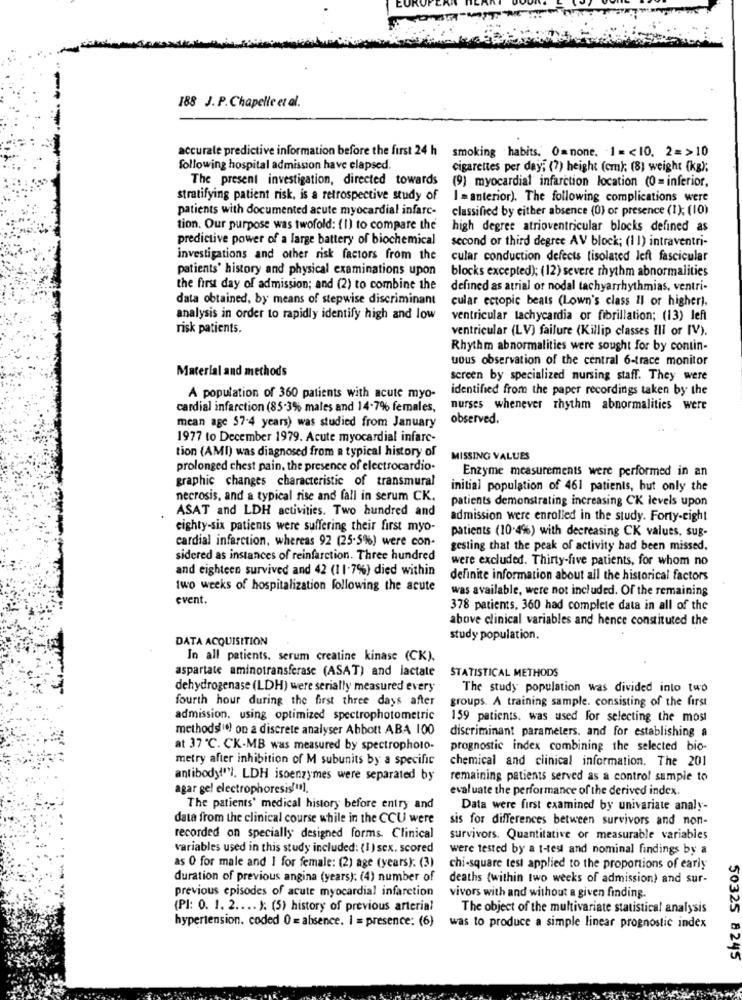
188 J. P.Chapelle et al.
accurate predictive information before the first 24 h
smoking . habits. Om none, - 1 =< 10. 2=>10
following hospital admission have elapsed.
cigarettes per day; (?) height (cm); (8) weight (kg);
The present investigation, directed towards
(9) myocardial infarction location (0 = inferior,
stratifying patient risk, is a retrospective study of
I = anterior). The following complications were
patients with documented acute myocardial infarc-
classified by either absence (0) or presence (1); (10)
tion. Our purpose was twofold: (1) to compare the
high degree atrioventricular blocks defined as
predictive power of a large battery of biochemical
second or third degree AV block; (11) intraventri-
investigations and other risk factors from the
cular conduction defects tisolated left fascicular
patients' history and physical examinations upon
blocks excepted); (12) severe rhythm abnormalities
the first day of admission; and (2) to combine the
defined as atrial or nodal tachyarrhythmias, ventri-
data obtained, by means of stepwise discriminant
cular ectopic beats (Lown's class Il or higher).
analysis in order to rapidly identify high and low
ventricular tachycardia or fibrillation; (13) left
risk patients.
ventricular (LV) failure (Killip classes Ill or IV).
Rhythm abnormalities were sought for by contin-
uous observation of the central 6-trace monitor
Material and methods
screen by specialized nursing staff. They were
identified from the paper recordings taken by the
A population of 360 patients with acute myo-
cardial infarction (85-3% males and 14-7% females,
nurses whenever rhythm abnormalities were
mean age 57-4 years) was studied from January
observed.
1977 to December 1979. Acute myocardial infarc-
tion (AMI) was diagnosed from a typical history of
MISSING VALUES
prolonged chest pain, the presence of electrocardio-
Enzyme measurements were performed in an
graphic changes characteristic of transmural
initial population of 461 patients, but only the
necrosis, and a typical rise and fall in serum CK.
patients demonstrating increasing CK levels upon
ASAT and LDH activities. Two hundred and
admission were enrolled in the study. Forty-eight
eighty-six patients were suffering their first myo-
patients (10.4%) with decreasing CK values, sug-
cardial infarction, whereas 92 (25.5%) were con-
gesting that the peak of activity had been missed,
sidered as instances of reinfarction. Three hundred
were excluded. Thirty-five patients, for whom no
and eighteen survived and 42 (11.7%) died within
definite information about all the historical factors
two weeks of hospitalization following the acute
was available, were not included. Of the remaining
event.
378 patients, 360 had complete data in all of the
above clinical variables and hence constituted the
DATA ACQUISITION
study population.
In all patients. serum creatine kinase (CK).
aspartate aminotransferase (ASAT) and lactate
STATISTICAL METHODS
dehydrogenase (LDH) were serially measured every
The study population was divided into two
fourth hour during the first three days after
groups. A training sample. consisting of the first
admission. using optimized spectrophotometric
159 patients. was used for selecting the most
methodsie) on a discrete analyser Abbott ABA 100
discriminant parameters, and for establishing a
at 37 ℃. CK-MB was measured by spectrophoto-
prognostic index combining the selected bio-
metry after inhibition of M subunits by a specific
chemical and clinical information. The 201
antibody!"), LDH isoenzymes were separated by
remaining patients served as a control sumple to
agar gel electrophoresis!").
evaluate the performance of the derived index.
The patients' medical history before entry and
Data were first examined by univariate analy-
data from the clinical course while in the CCU were
sis for differences between survivors and non-
recorded on specially designed forms. Clinical
survivors. Quantitative or measurable variables
variables used in this study included: (I ) sex. scored
were tested by a t-test and nominal findings by a
as 0 for male and 1 for female: (2) age (years). (3)
chi-square test applied to the proportions of early
duration of previous angina (years): (4) number of
deaths (within two weeks of admission) and sur-
previous episodes of acute myocardial infarction
vivors with and without a given finding.
(PI: 0. 1. 2 .... ). (5) history of previous arterial
The object of the multivariate statistical analysis
hypertension. coded 0 = absence. I = presence: (6)
was to produce a simple linear prognostic index
50325 8245